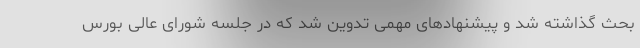
بحث گذاشته شد و پیشنهادهای مهمی تدوین شد که در جلسه شورای عالی بورس